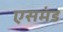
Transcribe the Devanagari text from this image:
एसमंड